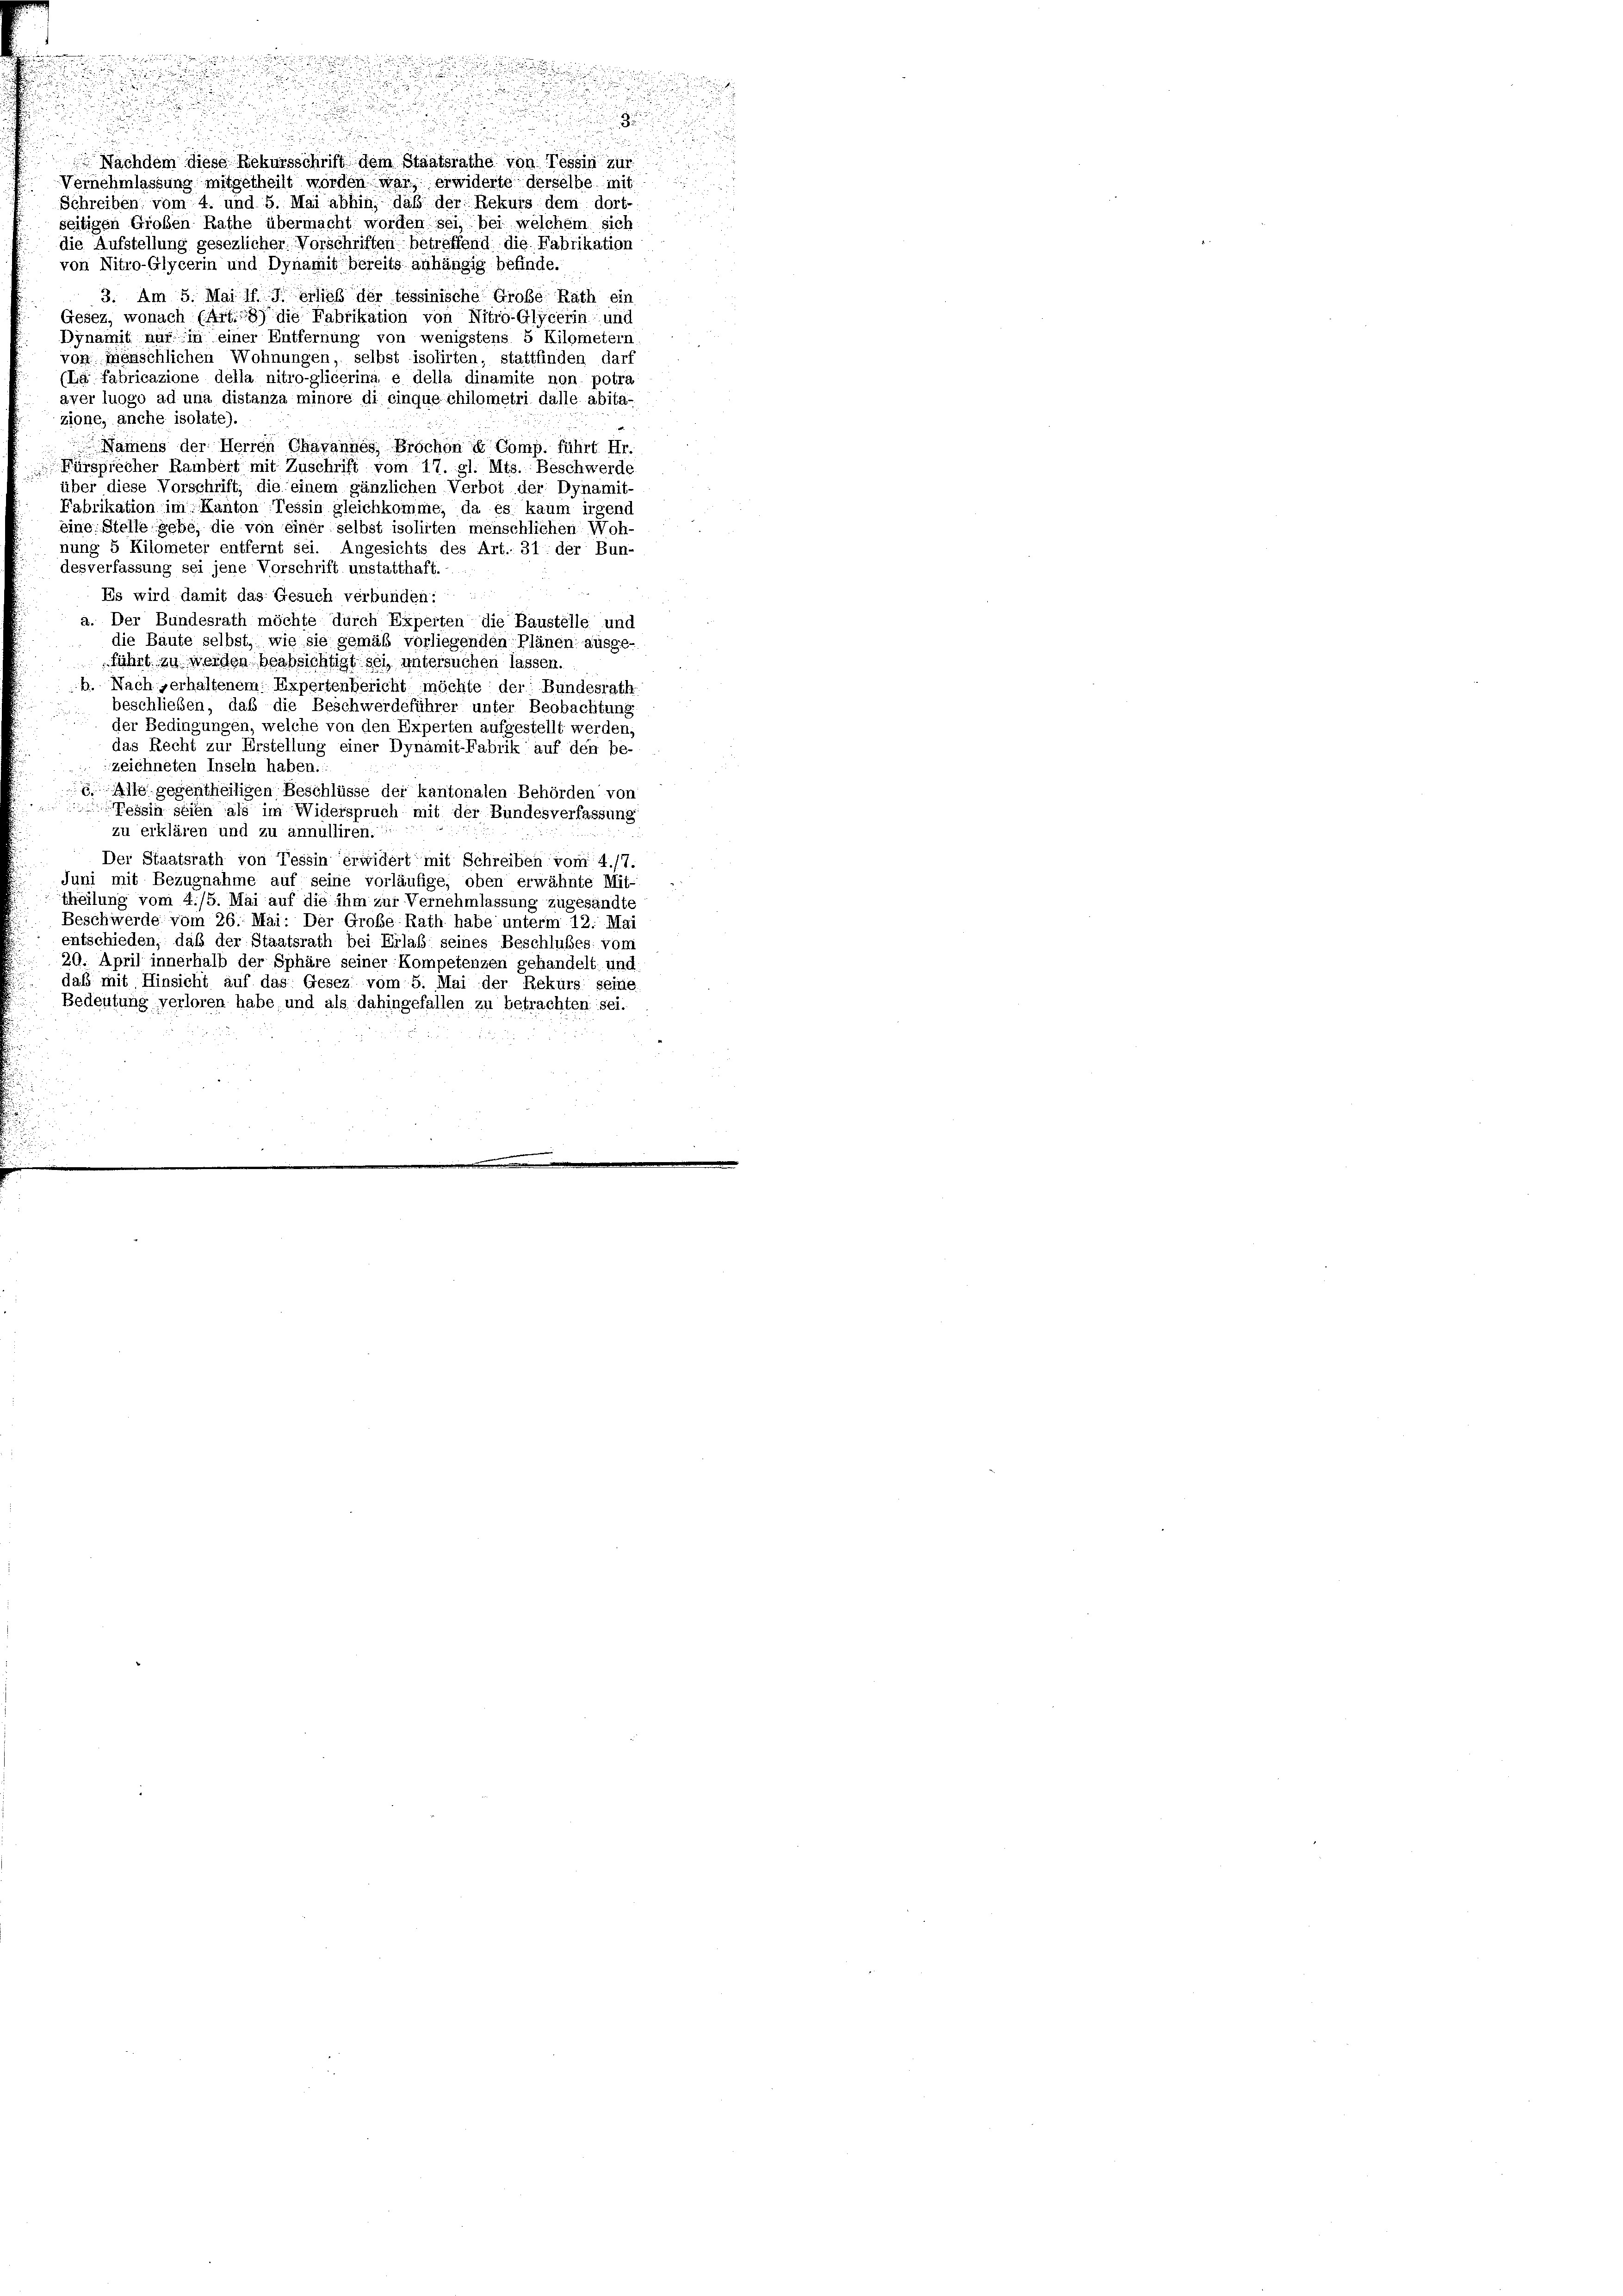
.
Vernehmlassung mitgetheilt worden war, erwiderte derselbe mit
Schreiben vom 4. und 5. Mai abhin, daß der Rekurs dem dort-
seitigen Großen Rathe übermacht worden sei, bei welchem sich
die Aufstellung gesezlicher Vorschriften betreffend die Fabrikation
von Nitro-Glycerin und Dynamit bereits anhängig befinde.
3. Am 5. Mai 17 J. erlieb der tessinische Große Rath ein
Gesetz, wonach (Art. 87 die Fabrikation von Nitro-Glycerin und
Dynamit nur in einer Entfernung von wenigstens 5 Kilometern.
von menschlichen Wohnungen, selbst isolirten, stattfinden darf
(La fabricazione della nitro-glicerina, e della dinamite non potra
aver luogo ad una distanza minore di einque chilometri dalle abita-
zione, anche isolate).
Namens der Herren Chavannes Brochon ie Comp. führt Hr.
Fürsprecher Rambert mit Zuschrift vom 17. gl. Mts. Beschwerde
über diese Vorschrift, die einem gänzlichen Verbot der Dynamit-
Fabrikation im Kanton Tessin gleichkomme, da es kaum irgend
eine Stelle gebe, die von einer selbst isolirten menschlichen Woh-
nung 5 Kilometer entfernt sei. Angesichts des Art.: 31 der Bun-
desverfassung sei jene Vorschrift unstatthaft.
Es wird damit das Gesuch verbunden:
a. Der Bundesrath möchte durch Experten die Baustelle und
die Baute selbst, wie sie gemäß vorliegenden Plänen ausge-
führt zu werden beabsichtigt sei, untersuchen lassen.
b. Nach verhaltenem Expertenbericht möchte der Bundesrath
beschließen, daß die Beschwerdeführer unter Beobachtung

der Bedingungen, welche von den Experten aufgestellt werden,
das Recht zur Erstellung einer Dynamit-Fabrik auf den be-
zeichneten Inseln haben.
Alle gegentheiligen Beschlüsse der kantonalen Behörden von
Tessin seien als im Widerspruch mit der Bundesverfassung
zu erklären und zu annulliren.
Der Staatsrath von Tessin erwidert mit Schreiben vom 4./7.
Juni mit Bezugnahme auf seine vorläufige, oben erwähnte Mit-
theilung vom 4./5. Mai auf die ihm zur Vernehmlassung zugesandte
Beschwerde vom 26. Mai: Der Große Rath habe unterm 12. Mai
entschieden, daß der Staatsrath bei Erlaß seines Beschlußes vom
29. April innerhalb der Sphäre seiner Kompetenzen gehandelt und
daß mit Hinsicht auf das Gesez vom 5. Mai der Rekurs seine
Bedeutung verloren habe, und als dahingefallen zu betrachten sei.

d
Nachdem diese Rekursschrift dem Staatsrathe von Tessin zur